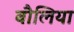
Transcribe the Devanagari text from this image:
बौलिया